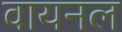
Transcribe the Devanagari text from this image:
वायनल